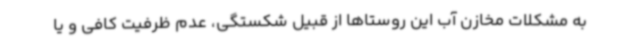
به مشکلات مخازن آب این روستاها از قبیل شکستگی، عدم ظرفیت کافی و یا